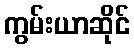
ကွမ်းယာဆိုင်